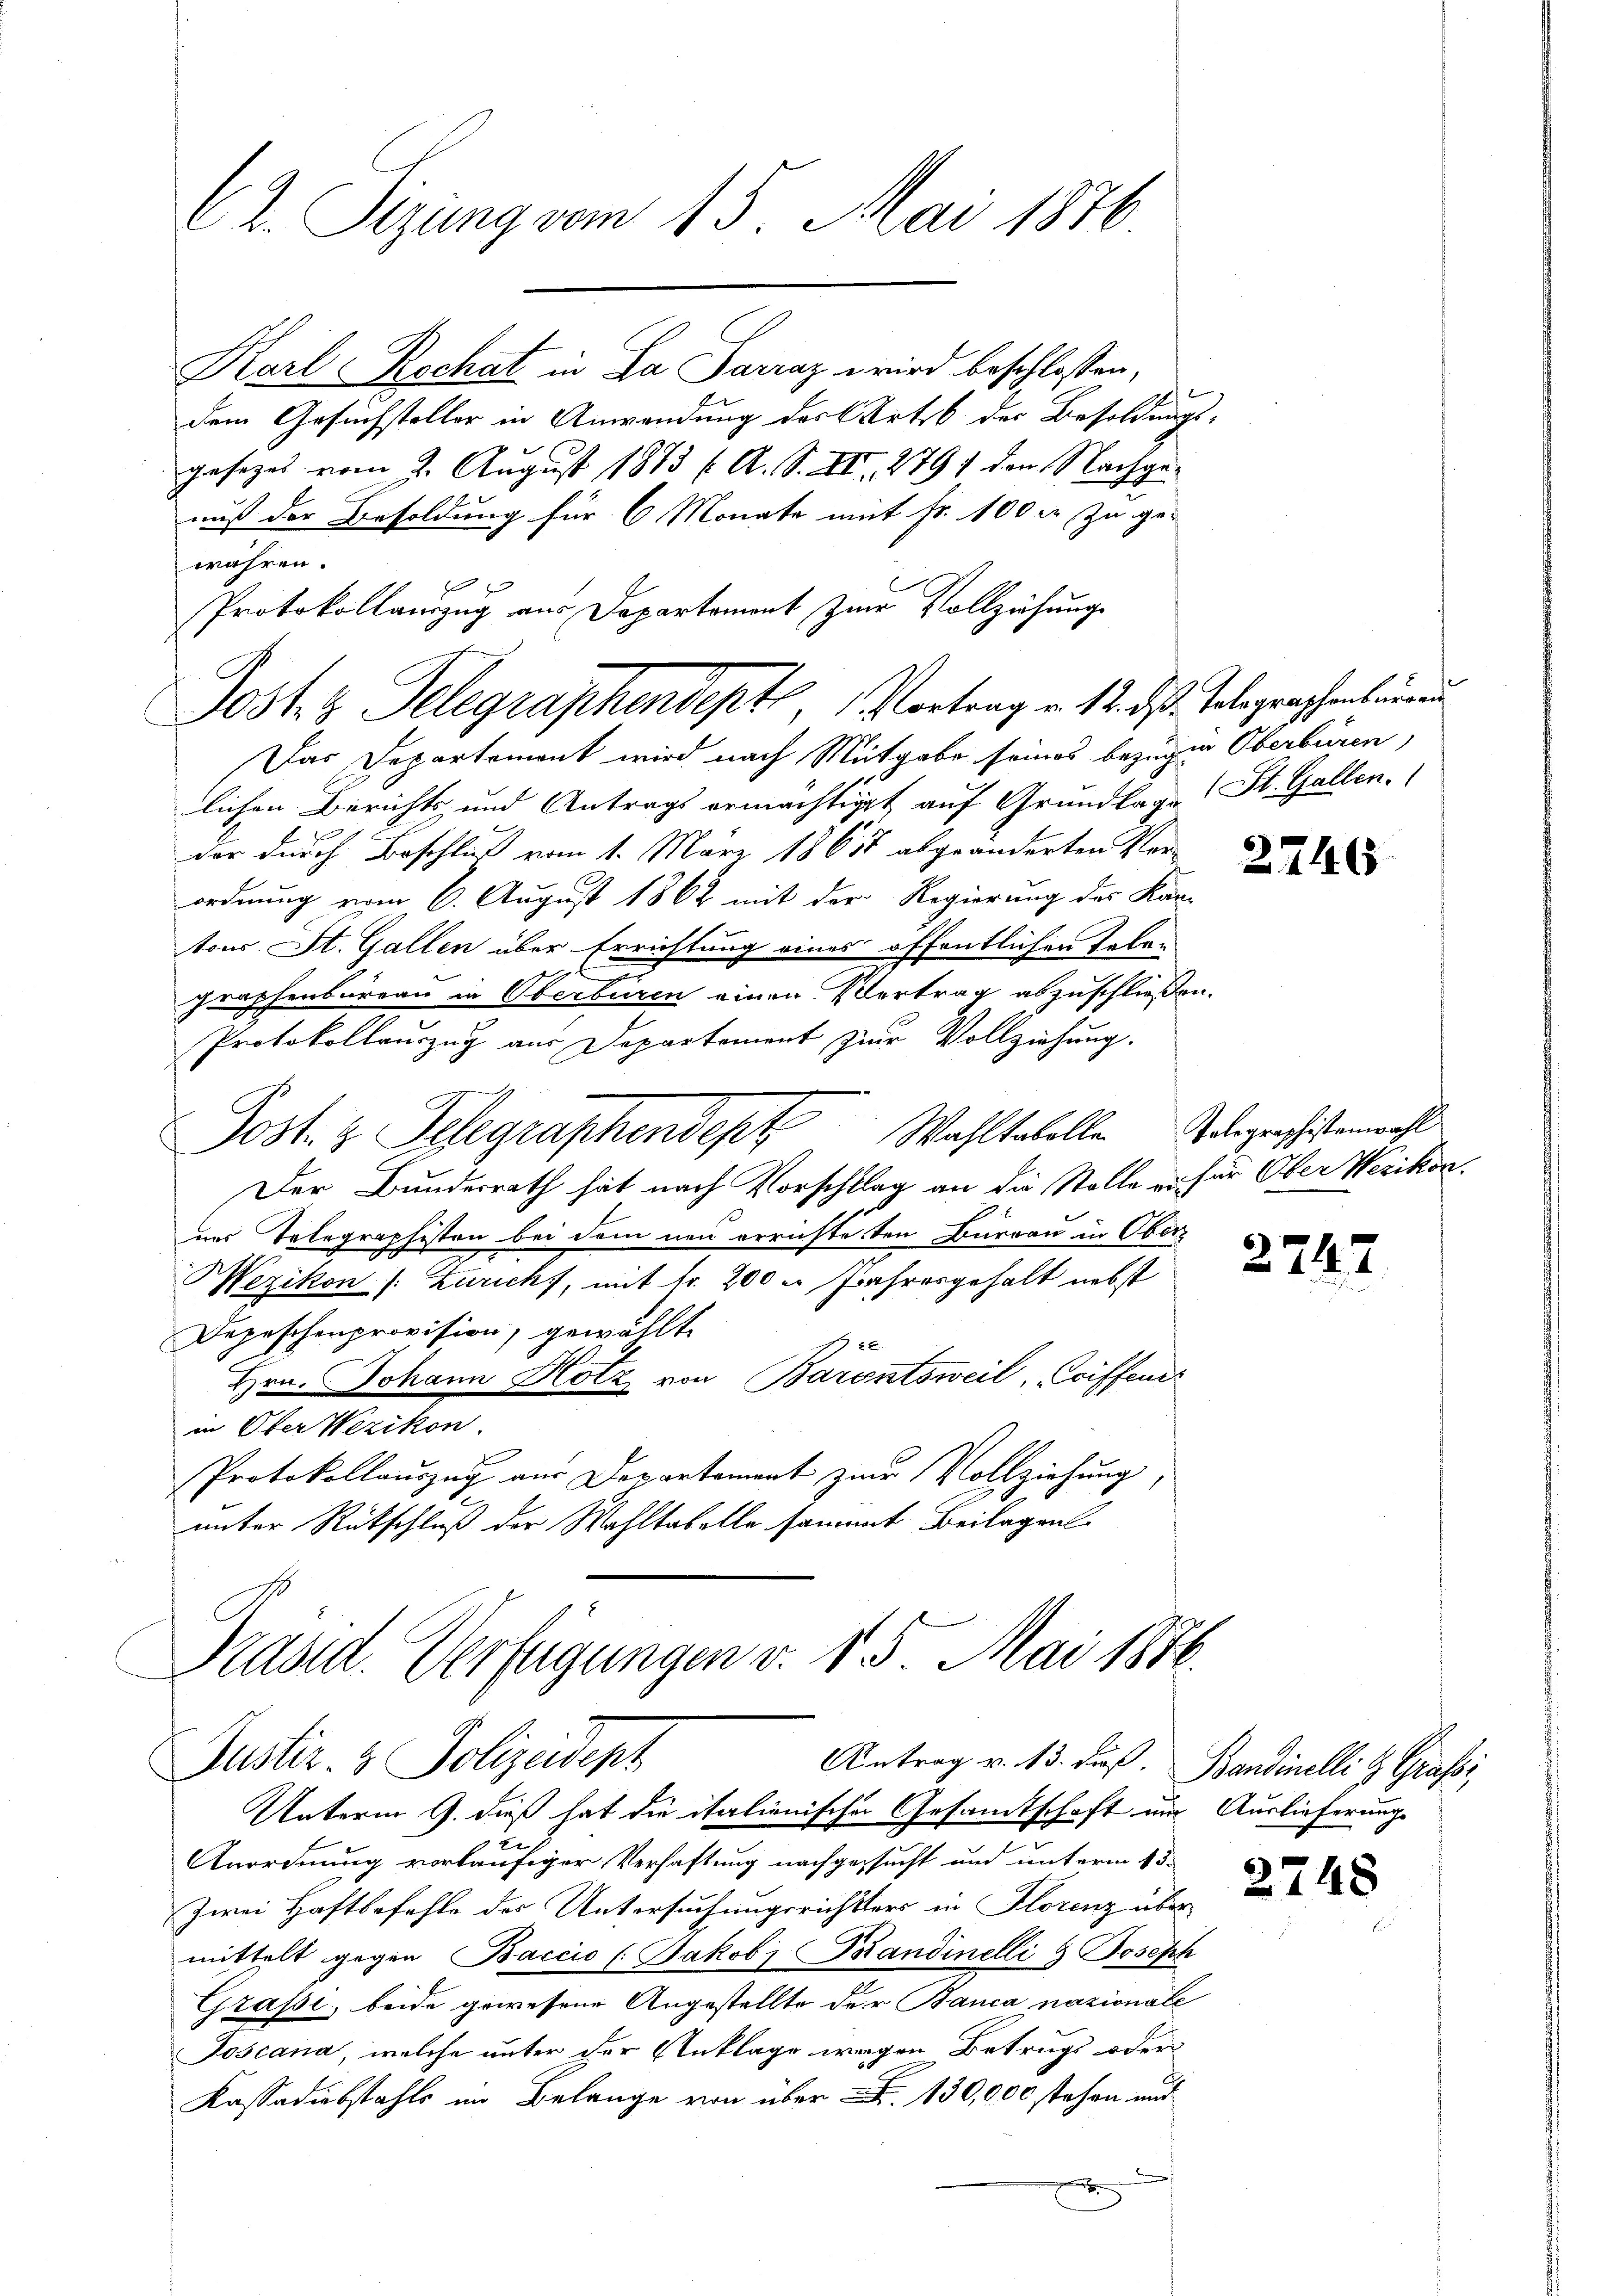
C2. Sizung vom 15. Mai 1876

Karl Rechat in La Parraz wird beschlossen,
dem Gesuchsteller in Anwendung des Ortsb der Besoldungs-
gesezes vom 2. August 1883 (A. S. XII. 2791 den Nachgenuß der Besoldung für 6 Monats mit Fr. 100 r. zu ge-
währen.
Protokollauszug aus Departement zum Vollziehung
Das Departement wird nach Mitgabe seines bezügen Oberbüren,
lichen Berichts und Antrags ermächtiget auf Grundlage St. Gallen.
der durch Beschluß vom 1. März 1861 abgeänderten Verordnung vom 6. August 1862 mit der Regierung des Kantons St. Gallen über Errichtung eines öffentlichen Tele-
graphenbureau in Oberbüren einen Vertrag abzuschließen.
Protokollauszug aus Departement zur Vollziehung.
Post. z. Telegraphendept Wahltabelle Gelegraphistenwahl
Der Bundesrath hat nach Vorschlag an die Stelle er für Ober Wezikon.
uns Telegraphisten bei dem neu errichteten Burgau in Ober
Wezikon (: Zürich, mit fr. 200 er Jahresgehalt nebst
Depeschenprovision, gewählt.
122.
Hrn. Johann Hotz von Barontsweil, Coiffen
in Ober Wezikon.
Protokollauszug aus Departement zur Vollziehung,
unter Rückschluß der Wahltabelle sammt Beilagens-

Jost z. Telegraphendept, Vortrag v. 12. ds. Telegraphenburen

Unterm 9. dieß hat die italienische Gesamtschaft nur Auslieferung
xx
Anordnung vorläufiger Verhaftung nachgesucht und unterm 13.
Zwei Haftbefehle des Untersuchungsrichtsers in Florenz über
mittelt gegen Baccio (Jakobi Kandinelli & Joseph
Grassi, beide gewesene Angestellte der Banca nazionale
Joscana, welche unter der Anklage wegen Betrugs oder
Kassadiebstahls im Belange von über . 130,000 stehen mit
E

Präsid. Verfügungen v. 15. Mai 1876.
Justiz- & Polizeidepz
Antrag v. 13. Fuß. Bandinelli & Grassi

2746.

2747

2748